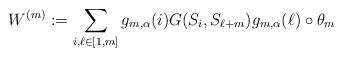
LaTeX: \begin{align*}W^{(m)} &:= \sum_{i,\ell \in [1,m]} g_{m,\alpha}(i) G(S_i,S_{\ell+m}) g_{m,\alpha}(\ell) \circ \theta_{m} \end{align*}